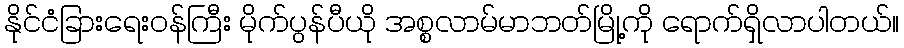
နိုင်ငံခြားရေးဝန်ကြီး မိုက်ပွန်ပီယို အစ္စလာမ်မာဘတ်မြို့ကို ရောက်ရှိလာပါတယ်။